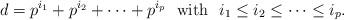
LaTeX: \begin{align*} d = p^{i_1} + p^{i_2} + \cdots + p^{i_p} \ \ \mbox{with} \ \ i_1 \leq i_2 \leq \cdots \leq i_p. \end{align*}